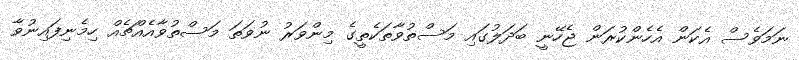
ނަމަވެސް އެކަން އެހެންކުރަން ޖެހޭނީ ބަދަލުގައި މަސްތުވާތަކެތީގެ މިންވަރު ނުވަތަ މަސްތުވާއެއްޗެއް ހިމެނިފައިނުވާ